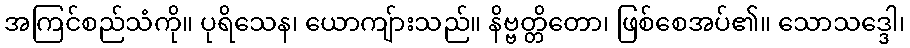
အကြင်စည်သံကို။ ပုရိသေန၊ ယောကျ်ားသည်။ နိဗ္ဗတ္တိတော၊ ဖြစ်စေအပ်၏။ သောသဒ္ဒေါ၊